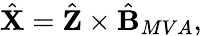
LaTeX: \hat{\textbf{X}}=\hat{\textbf{Z}}\times\hat{\textbf{B}}_{MVA},